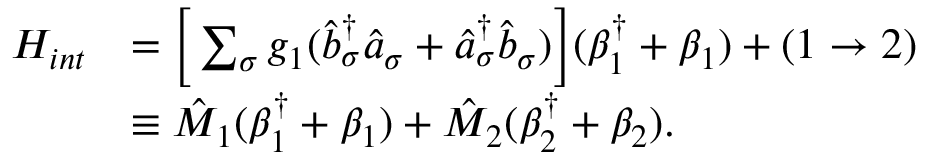
\begin{array} { r l } { H _ { i n t } } & { = \bigg [ \sum _ { \sigma } g _ { 1 } ( \hat { b } _ { \sigma } ^ { \dagger } \hat { a } _ { \sigma } + \hat { a } _ { \sigma } ^ { \dagger } \hat { b } _ { \sigma } ) \bigg ] ( \beta _ { 1 } ^ { \dagger } + \beta _ { 1 } ) + ( 1 \rightarrow 2 ) } \\ & { \equiv \hat { M } _ { 1 } ( \beta _ { 1 } ^ { \dagger } + \beta _ { 1 } ) + \hat { M } _ { 2 } ( \beta _ { 2 } ^ { \dagger } + \beta _ { 2 } ) . } \end{array}